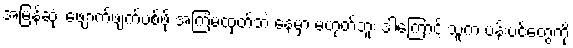
အမြန်ဆုံး ဖျောက်ဖျက်ပစ်ဖို့ အကြံမထုတ်ဘဲ နေမှာ မဟုတ်ဘူး ဒါကြောင့် သူက ပန်းပင်တွေကို